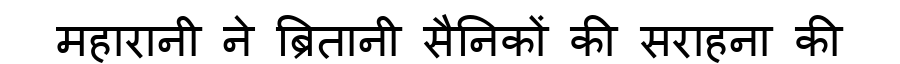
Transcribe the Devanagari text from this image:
महारानी ने ब्रितानी सैनिकों की सराहना की